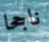
ناجحا